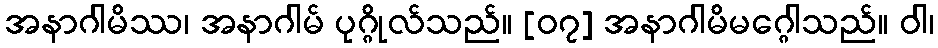
အနာဂါမိဿ၊ အနာဂါမ် ပုဂ္ဂိုလ်သည်။ [၀၇] အနာဂါမိမဂ္ဂေါသည်။ ဝါ၊